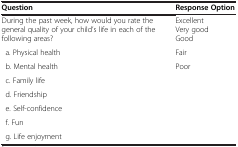
<table><thead><tr><td><b>Question</b></td><td><b>Response Option</b></td></tr></thead><tbody><tr><td>During the past week, how would you rate the general quality of your child’s life in each of the following areas?</td><td>Excellent Very good Good</td></tr><tr><td> a. Physical health</td><td>Fair</td></tr><tr><td> b. Mental health</td><td>Poor</td></tr><tr><td> c. Family life</td><td> </td></tr><tr><td> d. Friendship</td><td> </td></tr><tr><td> e. Self-confidence</td><td> </td></tr><tr><td> f. Fun</td><td> </td></tr><tr><td> g. Life enjoyment</td><td> </td></tr></tbody></table>